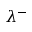
\lambda ^ { - }